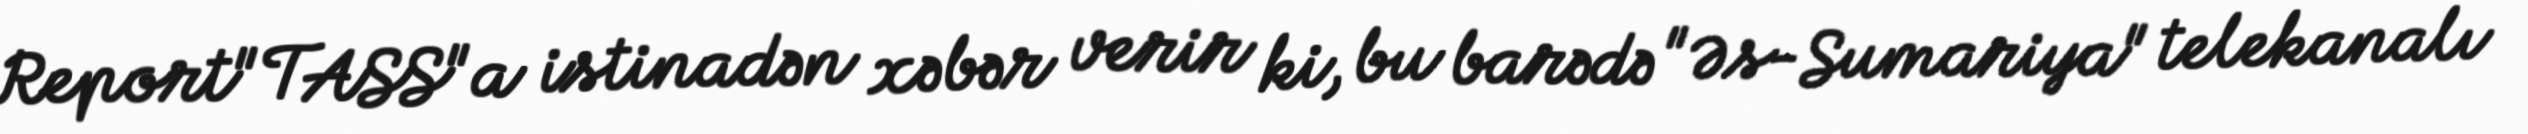
Report"TASS"a istinadən xəbər verir ki, bu barədə "Əs-Sumariya" telekanalı